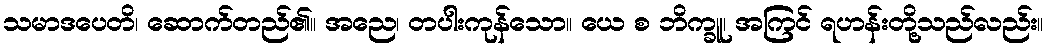
သမာဒပေတိ၊ ဆောက်တည်၏။ အညေ၊ တပါးကုန်သော။ ယေ စ ဘိက္ခူ၊ အကြင် ရဟန်းတို့သည်လည်း။